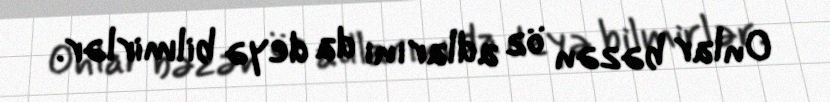
Onlar bəzən öz adlarını da deyə bilmirlər.